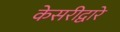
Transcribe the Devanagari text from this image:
केसरीद्वारे